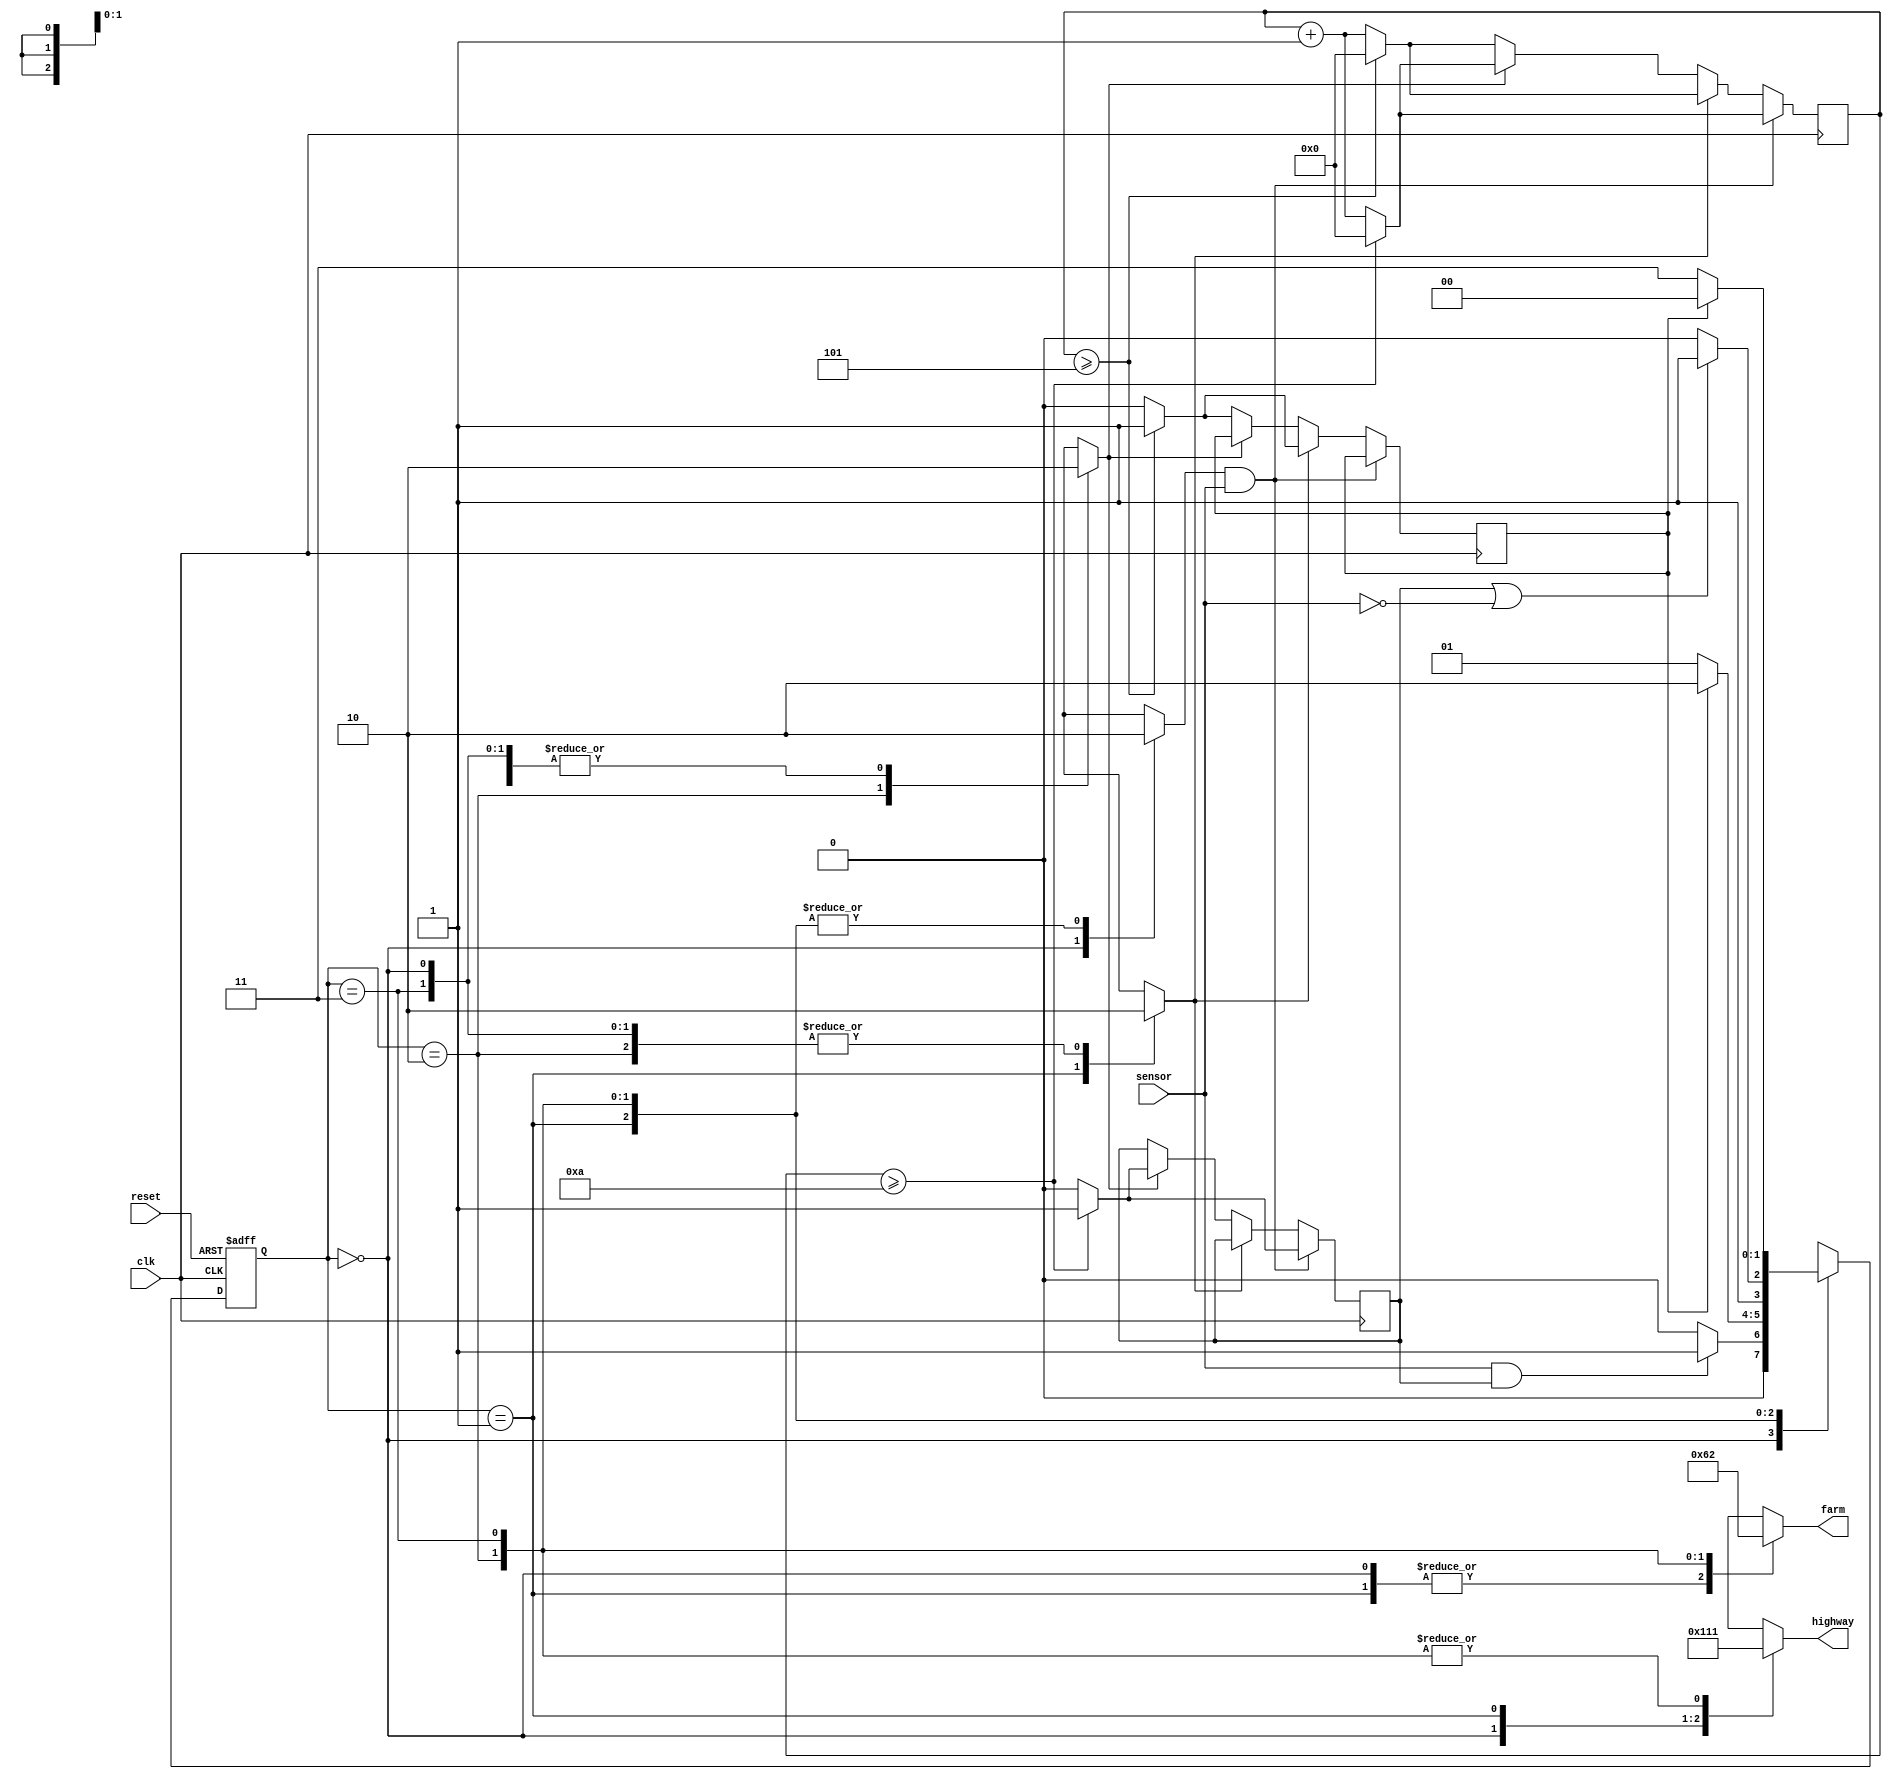
module traffic_light_control(
    input sensor,
    input clk,
    input reset,
    output reg [2:0]highway,farm//traffic light output of farmroad/highway
    //LSB -> red, Middle -> yellow, MSB -> green.
);

parameter highwaygreen_farmred = 2'b00,
    highwayyellow_farmred = 2'b01,
    highwayred_farmgreen = 2'b10,
    highwayred_farmyellow = 2'b11;

reg [1:0]state = 2'b00;
reg [1:0]next_state = 2'b00;
reg farm_yellow_count=1'b0,highway_yellow_count=1'b0,highway_green_count=1'b0,farm_green_count=1'b0;
reg long_timer=1'b0,short_timer=1'b0;
reg [32:0]delay=0;

//assinging the state
always @(posedge clk or negedge reset) begin
    if(~reset)
        state <= 2'b00;
    else//with the active clock pulse the calculated next_state is assigned to state
        state <= next_state; 
end

//calculating the state
always @(*) begin//calculation of state part
case(state)
highwaygreen_farmred:
begin
    highway<=3'b100;
    farm<=3'b001;
    highway_green_count<=1;
    farm_green_count<=0;
    highway_yellow_count<=0;
    farm_yellow_count<=0;
    if(sensor && long_timer)//vehicle in farm road
        next_state <= highwayyellow_farmred;
    else
        next_state <= highwaygreen_farmred;
end
highwayyellow_farmred:
begin
    highway<=3'b010;
    farm<=3'b001;
    highway_green_count<=0;
    farm_green_count<=0;
    highway_yellow_count<=1;
    farm_yellow_count<=0;
    if(short_timer)
        next_state <= highwayred_farmgreen;
    else
        next_state <= highwayyellow_farmred;
end
highwayred_farmgreen:
begin
    highway<=3'b001;
    farm<=3'b100;
    highway_green_count<=0;
    farm_green_count<=1;
    highway_yellow_count<=0;
    farm_yellow_count<=0;
    if(long_timer || ~sensor)
        next_state <= highwayred_farmyellow;
    else
        next_state <= highwayred_farmgreen;
end
highwayred_farmyellow:
begin
    highway<=3'b001;
    farm<=3'b010;
    highway_green_count<=0;
    farm_green_count<=0;
    highway_yellow_count<=0;
    farm_yellow_count<=1;
    if(short_timer)
        next_state <= highwaygreen_farmred;
    else
        next_state <= highwayred_farmyellow;
end
endcase
end

//calculating the delay
always @(posedge clk) begin
    delay <= delay + 1;
    if(highway_green_count && sensor) begin//long_timer
        if(delay >= 10) begin
            long_timer<=1'b1;
            delay<=0;
        end
        else
            long_timer<=1'b0;
    end
    else if(highway_yellow_count) begin//short_timer
        if(delay >= 5) begin
            short_timer<=1'b1;
            delay<=0;
        end
        else
            short_timer<=1'b0;
    end
    else if(farm_green_count) begin//long_timer
        if(delay >= 10) begin
            long_timer<=1'b1;
            delay<=0;
        end
        else
            long_timer<=1'b0;
    end
    else begin//short_timer - farm_yellow_count
        if(delay >= 5) begin
            short_timer<=1'b1;
            delay<=0;
        end
        else
            short_timer<=1'b0;
    end
end

endmodule